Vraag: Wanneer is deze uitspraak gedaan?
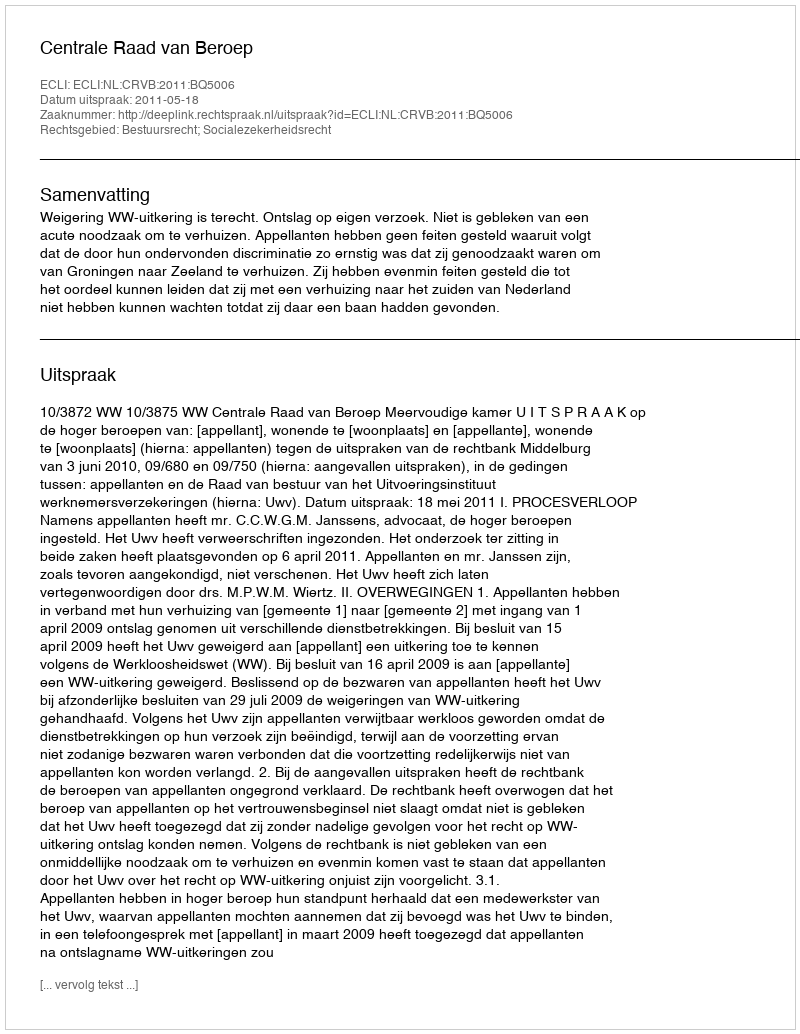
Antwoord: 2011-05-18